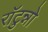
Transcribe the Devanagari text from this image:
राॅटुन्नो